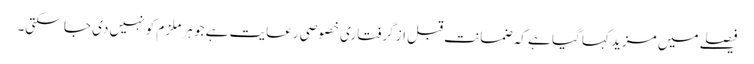
فیصلے میں مزید کہا گیا ہے کہ ضمانت قبل از گرفتاری خصوصی رعایت ہے جو ہر ملزم کو نہیں دی جا سکتی۔